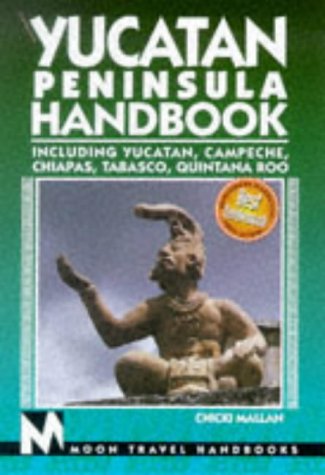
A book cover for Yucatan Peninsula Handbook: Including Yucatan, Campeche, Chiapas, Tabasco, Quintana Roo (Moon Yucatan Peninsula); Chicki Mallan; Travel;